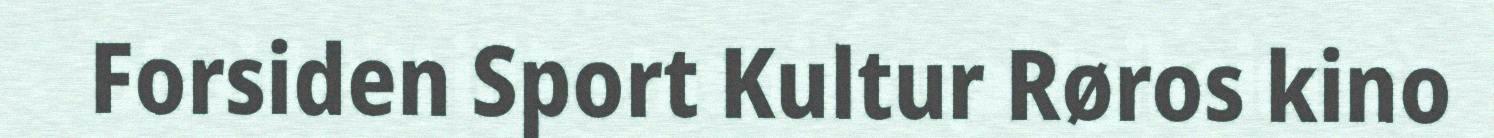
Forsiden Sport Kultur Røros kino